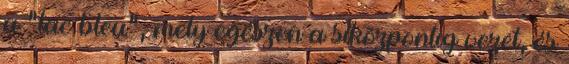
a "lac bleu", mely egészen a síközpontig vezet, és